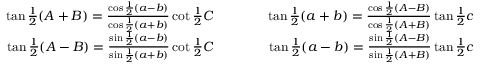
{ \begin{array} { r l r } { \tan { \frac { 1 } { 2 } } ( A + B ) = { \frac { \cos { \frac { 1 } { 2 } } ( a - b ) } { \cos { \frac { 1 } { 2 } } ( a + b ) } } \cot { \frac { 1 } { 2 } } C } & { \qquad } & { \tan { \frac { 1 } { 2 } } ( a + b ) = { \frac { \cos { \frac { 1 } { 2 } } ( A - B ) } { \cos { \frac { 1 } { 2 } } ( A + B ) } } \tan { \frac { 1 } { 2 } } c } \\ { \tan { \frac { 1 } { 2 } } ( A - B ) = { \frac { \sin { \frac { 1 } { 2 } } ( a - b ) } { \sin { \frac { 1 } { 2 } } ( a + b ) } } \cot { \frac { 1 } { 2 } } C } & { \qquad } & { \tan { \frac { 1 } { 2 } } ( a - b ) = { \frac { \sin { \frac { 1 } { 2 } } ( A - B ) } { \sin { \frac { 1 } { 2 } } ( A + B ) } } \tan { \frac { 1 } { 2 } } c } \end{array} }